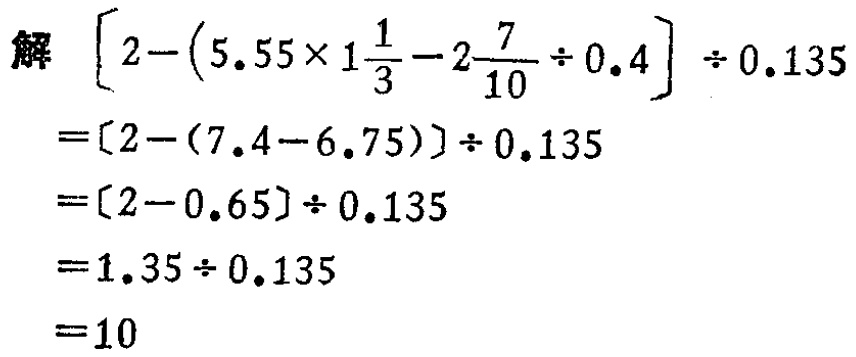
解 \(\left[2-\left(5.55\times1\frac{1}{3}-2\frac{7}{10}\div0.4\right)\right]\div0.135\)

\(=[2-(7.4 - 6.75)]\div0.135\)

\(=[2 - 0.65]\div0.135\)

\(=1.35\div0.135\)

\(=10\)